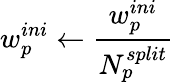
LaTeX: w_{p}^{ini}\leftarrow\frac{w_{p}^{ini}}{N_{p}^{split}}